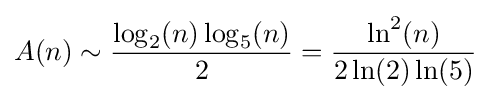
A(n)\sim {\frac {\log _{2}(n)\log _{5}(n)}{2}}={\frac {\ln ^{2}(n)}{2\ln(2)\ln(5)}}